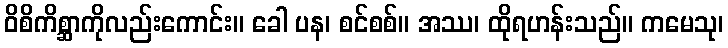
ဝိစိကိစ္ဆာကိုလည်းကောင်း။ ခေါ ပန၊ စင်စစ်။ အဿ၊ ထိုရဟန်းသည်။ ကမေသု၊